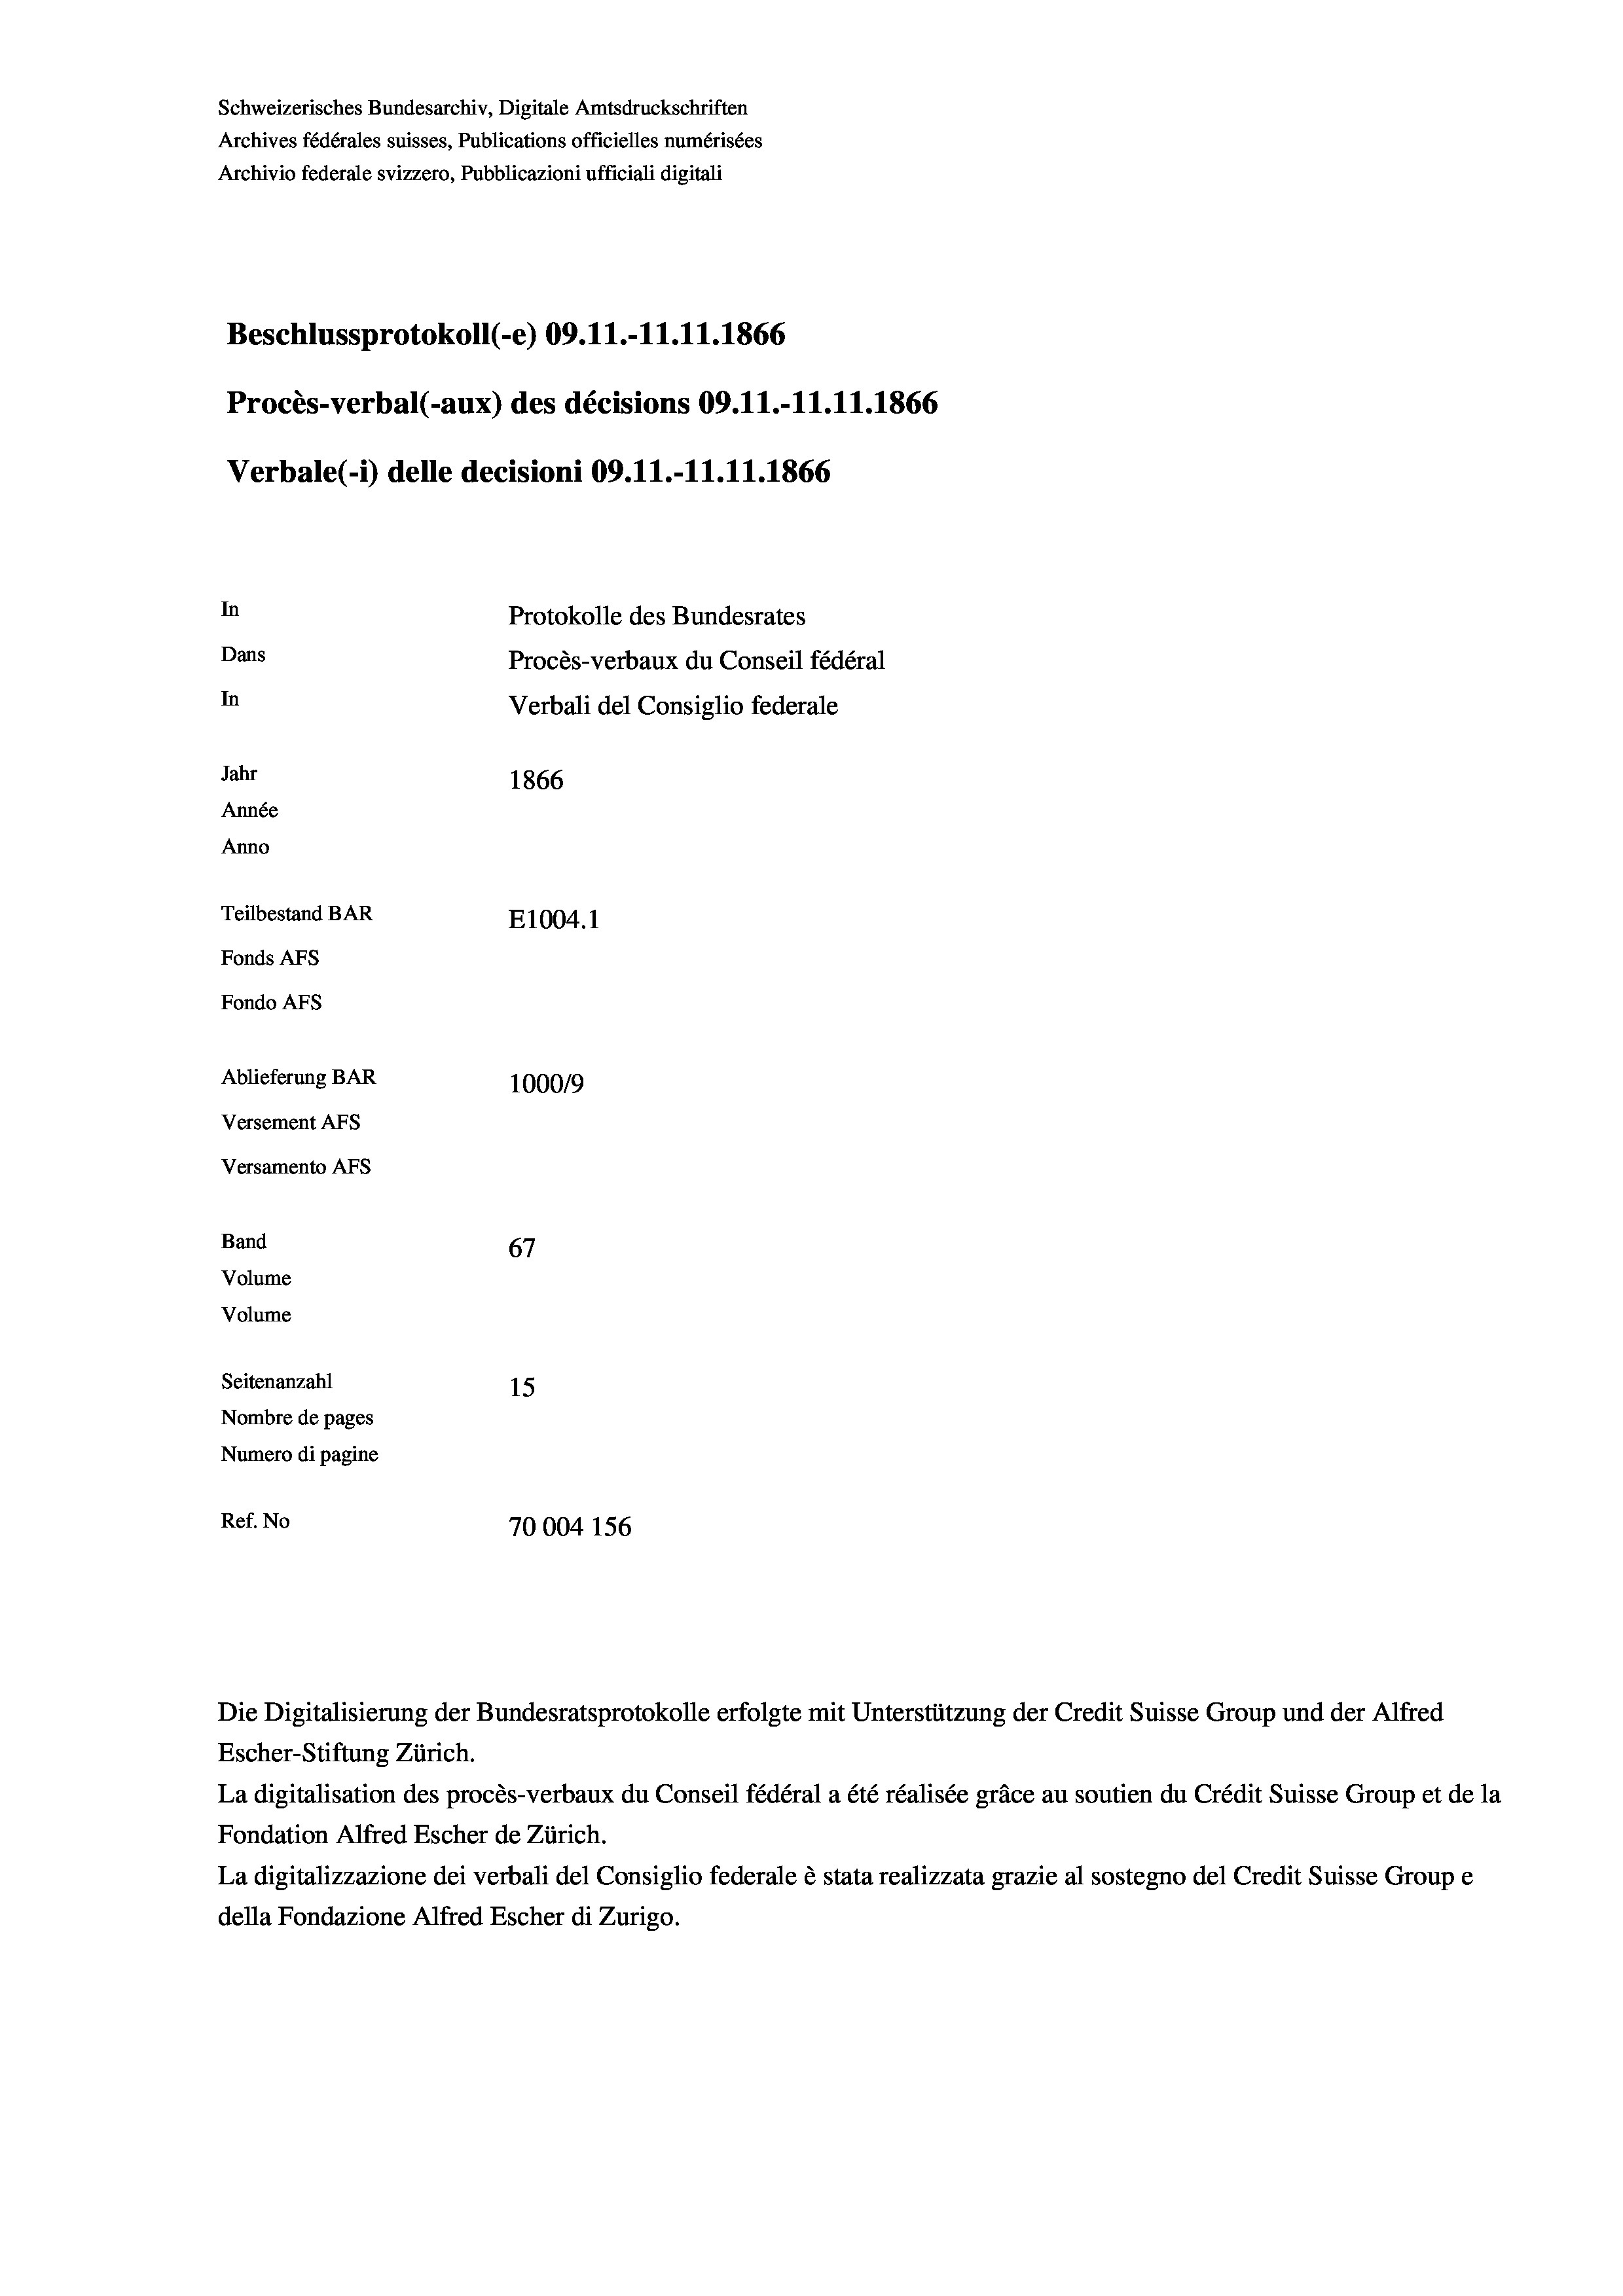
Schweizerisches Bundesarchiv, Digitale Amtsdruckschriften
Archives fédérales suisses, Publications officielles numérisées
Archivio federale svizzero, Pubblicazioni ufficiali digitali
Beschlussprotokoll (-e) 09.11.-11.11.1866
Procès-verbal (-aux) des décisions 09.11.-11.11.1866
Verbale(*) delle decisioni 09.11.-11.11.1866
In
Protokolle des Bundesrates
Dans
Procès-verbaux du Conseil fédéral
In
Verbali del Consiglio federale
Jahr
1866
Année
Anno
Teilbestand BAR
E1004.1
Fonds AFs
Fondo Afs
Ablieferung BAR
100019
Versement AFs
Versamento Afs
Band
67
Volume
Volume
Seitenanzahl
15
Nombre de pages
Numero di pagine
Ref. No
70004 156

Die Digitalisierung der Bundesratsprotokolle erfolgte mit Unterstützung der Credit Suisse Group und der Alfred
Escher-Stiftung Zürich.

La digitalisation des procès-verbaux du Conseil fédéral a été réalisée gräce au soutien du Crédit Suisse Group et de la
Fondation Alfred Escher de Zürich.
La digitalizzazione dei verbali del Consiglio federale è stata realizzata grazie al sostegno del Credit Suisse Groupe
della Fondazione Alfred Escher di Zurigo.